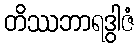
တိဿဘာရဒွါဇံ